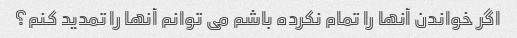
اگر خواندن آنها را تمام نکرده باشم می توانم آنها را تمدید کنم؟